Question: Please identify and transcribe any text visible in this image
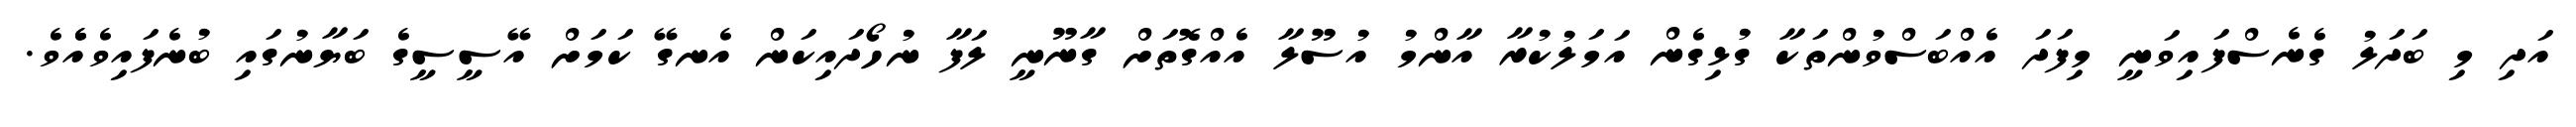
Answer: އަދި މި ބަދަލު ގެނެސްފައިވަނީ މިފަދަ އެއްބަސްވުންތަކާ ގުޅިގެން އަމަލުކުރާ އާންމު އުސޫލާ އެއްގޮތަށް ގާނޫނީ ލަފާ ނުހޯދައިކަން އެނގޭ ކަމަށް އޭސީސީގެ ބަޔާނުގައި ބުނެފައިވެއެެވެ.